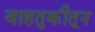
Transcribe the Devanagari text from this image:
वाहतुकीतून